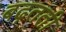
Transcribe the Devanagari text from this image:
बढ़तती